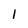
Character: 1